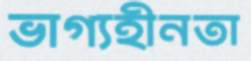
ভাগ্যহীনতা